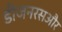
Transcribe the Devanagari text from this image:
डीजनरसऔर